Indian journal of veterinary science and animal husbandry - Volumes 28-29, 1958-1959
Year: 1958
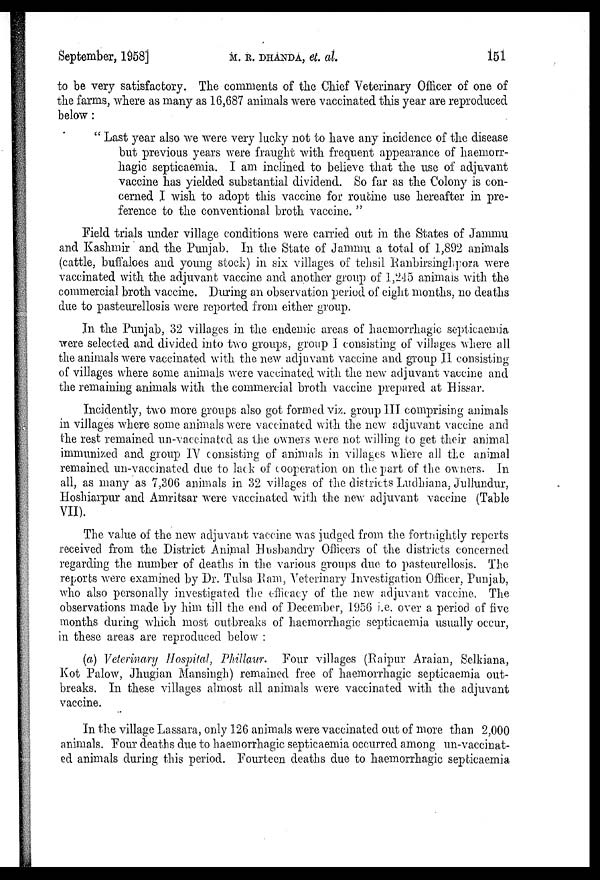
September, 1958]
M.R.DHANDA,
et.
al.
151
to be very satisfactory. The comments of the Chief Veterinary Officer of one of
the farms, where as many as 16,687 animals were vaccinated this year are reproduced
below :
" Last year also we were very lucky not to have any incidence of the disease
but previous years were fraught with frequent appearance of haemorr-
hagic septicaemia. I am inclined to believe that the use of adjuvant
vaccine has yielded substantial dividend. So far as the Colony is con-
cerned I wish to adopt this vaccine for routine use hereafter in pre-
ference to the conventional broth vaccine. "
Field trials under village conditions were carried out in the States of Jammu
and Kashmir and the Punjab. In the State of Jammu a total of 1,892 animals
(cattle, buffaloes and young stock) in six villages of tehsil Panbirsinghpora were
vaccinated with the adjuvant vaccine and another group of 1,245 animals with the
commercial broth vaccine. During an observation period of eight months, no deaths
due to pasteurellosis were reported from either group.
In the Punjab, 32 villages in the endemic areas of haemorrhagic septicaemia
were selected and divided into two groups, group I consisting of villages where all
the animals were vaccinated with the new adjuvant vaccine and group II consisting
of villages where some animals were vaccinated with the new adjuvant vaccine and
the remaining animals with the commercial broth vaccine prepared at Hissar.
Incidently, two more groups also got formed viz. group III comprising animals
in villages where some animals were vaccinated with the new adjuvant vaccine and
the rest remained un-vaccinated as the owners were not willing to get their animal
immunized and group IV consisting of animals in villages where all the animal
remained un-vaccinated due to lack of cooperation on the part of the owners. In
all, as many as 7,306 animals in 32 villages of the districts Ludhiana, Jullundur,
Hoshiarpur and Amritsar were vaccinated with the new adjuvant vaccine (Table
VII).
The value of the new adjuvant vaccine was judged from the fortnightly reports
received from the District Animal Husbandry Officers of the districts concerned
regarding the number of deaths in the various groups due to pasteurellosis. The
reports were examined by Dr. Tulsa Ram, Veterinary Investigation Officer, Punjab,
who also personally investigated the efficacy of the new adjuvant vaccine. The
observations made by him till the end of December, 1956 i.e. over a period of five
months during which most outbreaks of haemorrhagic septicaemia usually occur,
in these areas are reproduced below :
(a) Veterinary Hospital, Phillaur. Four villages (Raipur Araian, Selkiana,
Kot Palow, Jhugian Mansingh) remained free of haemorrhagic septicaemia out-
breaks. In these villages almost all animals were vaccinated with the adjuvant
vaccine.
In the village Lassara, only 126 animals were vaccinated out of more than 2,000
animals. Four deaths due to haemorrhagic septicaemia occurred among un-vaccinat-
ed animals during this period. Fourteen deaths due to haemorrhagic septicaemia